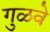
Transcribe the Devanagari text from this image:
गुळवे